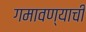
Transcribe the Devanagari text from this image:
गमावण्याची